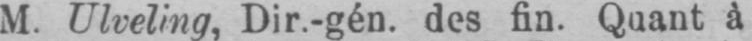
M. Ulveling, Dir.-gén. des fin. Quant à